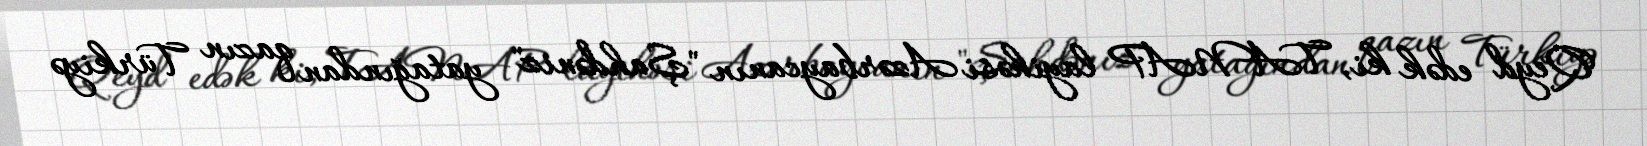
Qeyd edək ki, TANAP layihəsi Azərbaycanın "Şahdəniz" yatağından qazın Türkiyə